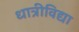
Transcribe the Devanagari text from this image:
धात्रीविद्या